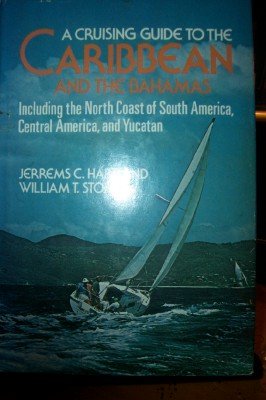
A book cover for A cruising guide to the Caribbean and the Bahamas: Including the north coast of South America, Central America, and Yucatan; Jerrems C Hart; Travel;